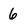
Character: 6